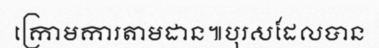
ក្រោមការតាមដាន៕បុរសដែលបាន